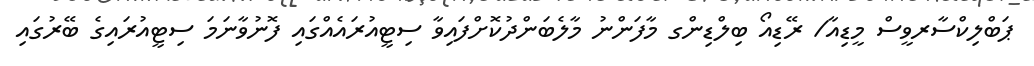
ޕަބްލިކްސާރވީސް މީޑިއާ/ ރޭޑިއޯ ބިލްޑިންގ މާފަންނު މާލެބަންދުކޮށްފައިވާ ސިޓީއުރައެއްގައި ފޮނުވާނަމަ ސިޓީއުރައިގެ ބޭރުގައި